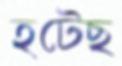
হটেছ